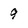
Character: 9